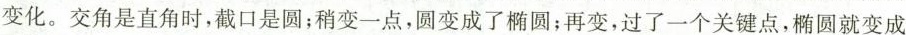
变化。交角是直角时，截口是圆；稍变一点，圆变成了椭圆；再变，过了一个关键点，椭圆就变成